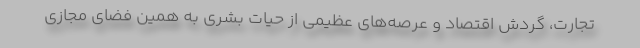
تجارت، گردش اقتصاد و عرصه‌های عظیمی از حیات بشری به همین فضای مجازی